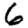
Digit: 6